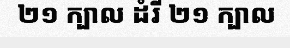
២១ ក្បាល ដំរី ២១ ក្បាល